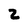
Character: 2